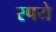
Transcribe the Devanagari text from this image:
रपये